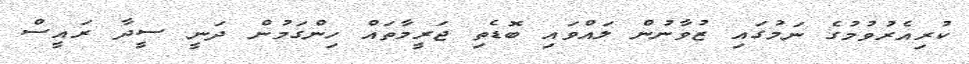
ކުރިއެރުވުމުގެ ނަމުގައި ޒުވާނުން ލައްވައި ބޮޑެތި ޖަރީމާތައް ހިންގަމުން ދަނީ ސީދާ ރައީސް